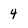
Character: 4